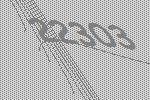
22303